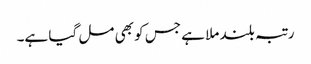
رتبہ بلند ملا ہے جس کو بھی مل گیا ہے۔